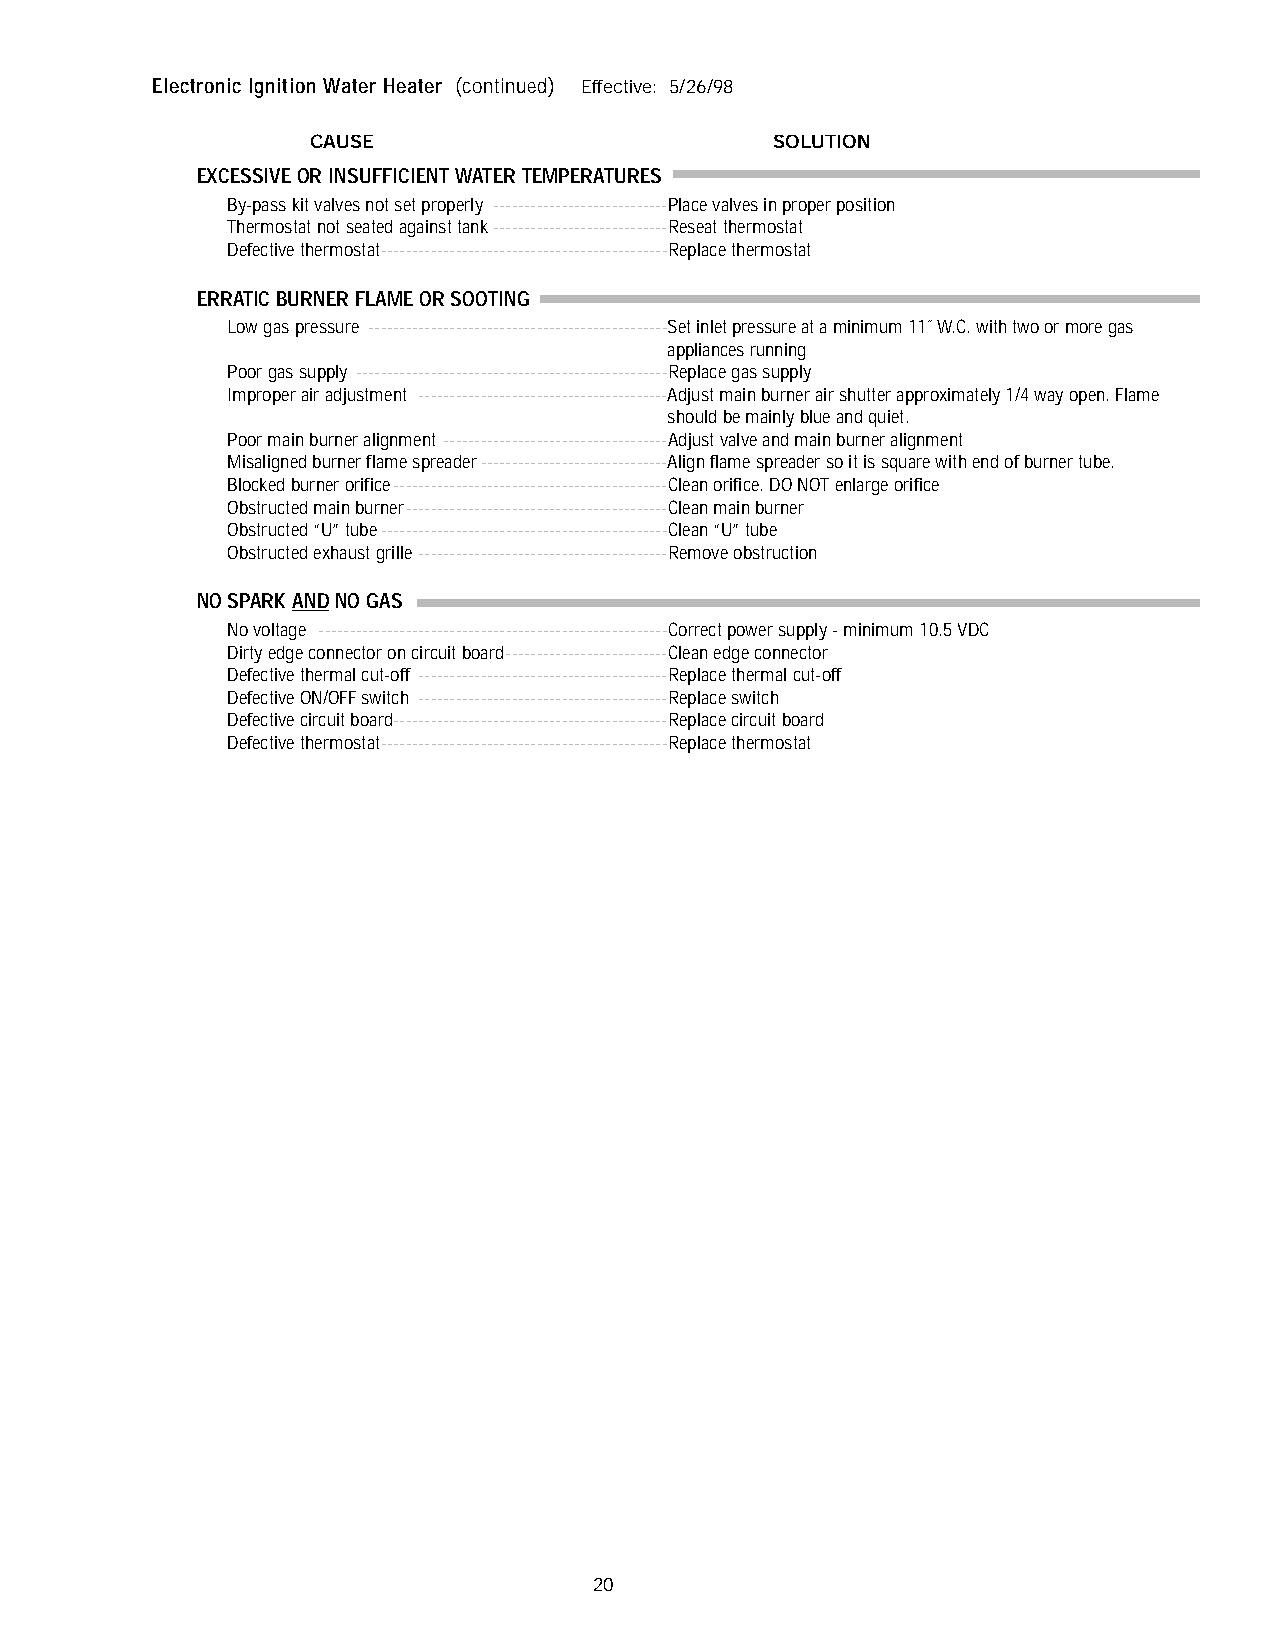
Electronic Ignition Water Heater (continued) Effective: 5/26/98
 CAUSE                          SOLUTION
 EXCESSIVE OR INSUFFICIENT WATER TEMPERATURES
 By-pass kit valves not set properly ----------------------------Place valves in proper position
 Thermostat not seated against tank----------------------------Reseat thermostat
 Defective thermostat----------------------------------------------Replace thermostat
 ERRATIC BURNER FLAME OR SOOTING
 Low gas pressure ------------------------------------------------Set inlet pressure at a minimum 11˝ W.C. with two or more gas
 appliances running
 Poor gas supply --------------------------------------------------Replace gas supply
 Improper air adjustment ----------------------------------------Adjust main burner air shutter approximately 1/4 way open. Flame
 should be mainly blue and quiet.
 Poor main burner alignment ------------------------------------Adjust valve and main burner alignment
 Misaligned burner flame spreader------------------------------Align flame spreader so it is square with end of burner tube.
 Blocked burner orifice--------------------------------------------Clean orifice. DO NOT enlarge orifice
 Obstructed main burner------------------------------------------Clean main burner
 Obstructed “U” tube----------------------------------------------Clean “U” tube
 Obstructed exhaust grille----------------------------------------Remove obstruction
 NO SPARK ANDNO GAS
 No voltage --------------------------------------------------------Correct power supply - minimum 10.5 VDC
 Dirty edge connector on circuit board--------------------------Clean edge connector
 Defective thermal cut-off ----------------------------------------Replace thermal cut-off
 Defective ON/OFF switch ----------------------------------------Replace switch
 Defective circuit board--------------------------------------------Replace circuit board
 Defective thermostat----------------------------------------------Replace thermostat
 20